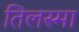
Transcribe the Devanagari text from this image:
तिलस्मा